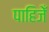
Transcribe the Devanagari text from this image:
पाहिजेँ